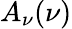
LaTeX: A_{\nu}(\nu)